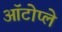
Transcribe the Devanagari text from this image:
ऑटोप्ले